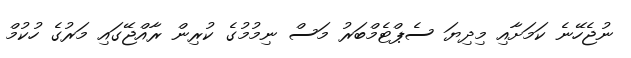
ނުޖެހޭނެ ކަމަށާއި މިދިޔަ ސެޕްޓެމްބަރު މަސް ނިމުމުގެ ކުރިން ރާއްޖޭގައި މަރުގެ ހުކުމް